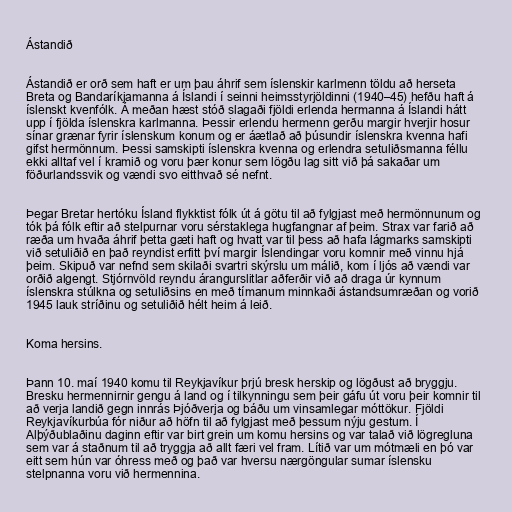
Ástandið

Ástandið er orð sem haft er um þau áhrif sem íslenskir karlmenn töldu að herseta
Breta og Bandaríkjamanna á Íslandi í seinni heimsstyrjöldinni (1940–45) hefðu haft á
íslenskt kvenfólk. Á meðan hæst stóð slagaði fjöldi erlenda hermanna á Íslandi hátt
upp í fjölda íslenskra karlmanna. Þessir erlendu hermenn gerðu margir hverjir hosur
sínar grænar fyrir íslenskum konum og er áætlað að þúsundir íslenskra kvenna hafi
gifst hermönnum. Þessi samskipti íslenskra kvenna og erlendra setuliðsmanna féllu
ekki alltaf vel í kramið og voru þær konur sem lögðu lag sitt við þá sakaðar um
föðurlandssvik og vændi svo eitthvað sé nefnt.

Þegar Bretar hertóku Ísland flykktist fólk út á götu til að fylgjast með hermönnunum og
tók þá fólk eftir að stelpurnar voru sérstaklega hugfangnar af þeim. Strax var farið að
ræða um hvaða áhrif þetta gæti haft og hvatt var til þess að hafa lágmarks samskipti
við setuliðið en það reyndist erfitt því margir Íslendingar voru komnir með vinnu hjá
þeim. Skipuð var nefnd sem skilaði svartri skýrslu um málið, kom í ljós að vændi var
orðið algengt. Stjórnvöld reyndu árangurslitlar aðferðir við að draga úr kynnum
íslenskra stúlkna og setuliðsins en með tímanum minnkaði ástandsumræðan og vorið
1945 lauk stríðinu og setuliðið hélt heim á leið.

Koma hersins.

Þann 10. maí 1940 komu til Reykjavíkur þrjú bresk herskip og lögðust að bryggju.
Bresku hermennirnir gengu á land og í tilkynningu sem þeir gáfu út voru þeir komnir til
að verja landið gegn innrás Þjóðverja og báðu um vinsamlegar móttökur. Fjöldi
Reykjavíkurbúa fór niður að höfn til að fylgjast með þessum nýju gestum. Í
Alþýðublaðinu daginn eftir var birt grein um komu hersins og var talað við lögregluna
sem var á staðnum til að tryggja að allt færi vel fram. Lítið var um mótmæli en þó var
eitt sem hún var óhress með og það var hversu nærgöngular sumar íslensku
stelpnanna voru við hermennina.